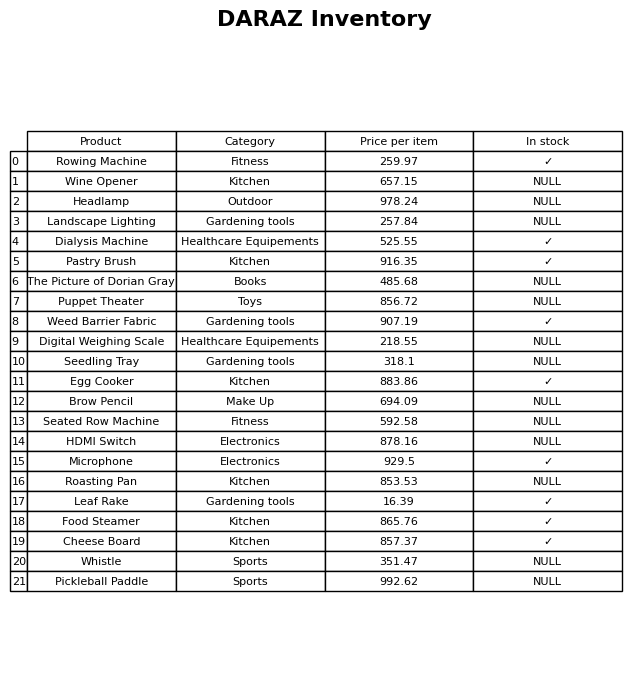
question: What is the price for Whistle?
answer: The price of Whistle is 351.47.